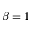
\beta = 1